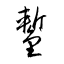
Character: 鏨